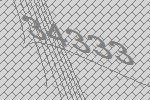
34333